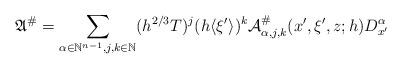
LaTeX: \begin{align*}\mathfrak{A}^\#=\sum_{\alpha\in\mathbb{N}^{n-1},j,k\in\mathbb{N}}(h^{2/3}T)^j(h\langle\xi'\rangle)^k\mathcal{A}^\#_{\alpha,j,k}(x',\xi',z;h)D_{x'}^\alpha\end{align*}